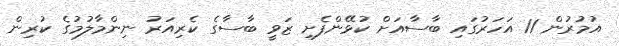
އުމުރުން 11 އަހަރުގައި ބާސާއަށް ކުޅޭންފެށި ޒަވީ ބާސާގެ ކެރިއަރު ނިންމާލުމުގެ ކުރިން